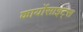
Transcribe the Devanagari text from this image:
कार्योसाइट्स